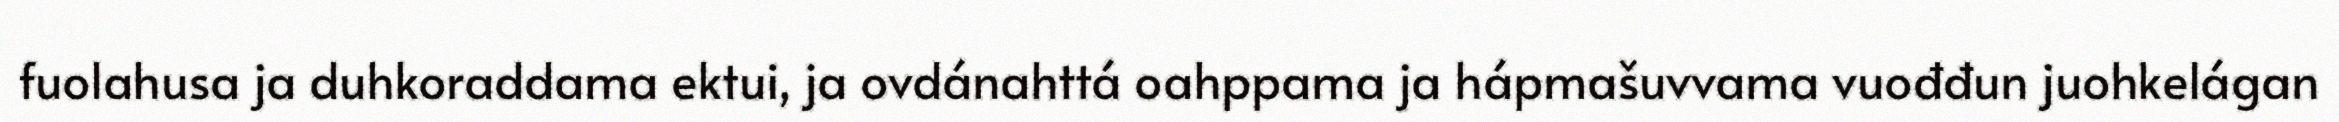
fuolahusa ja duhkoraddama ektui, ja ovdánahttá oahppama ja hápmašuvvama vuođđun juohkelágan